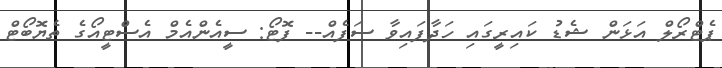
ޕެޓްރޯލް އަޅަން ޝެޑު ކައިރީގައި ހަދާފައިވާ ސަފެއް-- ފޮޓޯ: ސީއެންއެމް އެސްޓީއޯގެ ތެޔޮބޯޓް